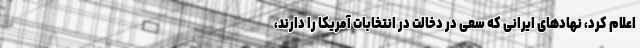
اعلام کرد، نهادهای ایرانی که سعی در دخالت در انتخابات آمریکا را دارند،